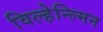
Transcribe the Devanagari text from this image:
विल्हेन्ल्मिन